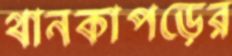
থানকাপড়ের